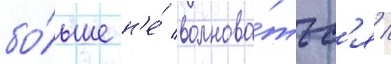
бо́льше н'е́ волнова́тьс'я /